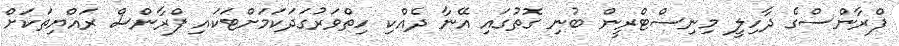
ފްރާންސްގެ ދާހިލީ މިނިސްޓްރީން ބުނި ގޮތުގައި އޭނާ ދެއްކި ހިތްވަރުގަދަކަމަށްޓަކައި ފްރާންސް ރައްޔިތަކަށް